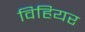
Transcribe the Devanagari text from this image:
विहियर